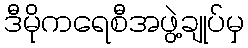
ဒီမိုကရေစီအဖွဲ့ချုပ်မှ